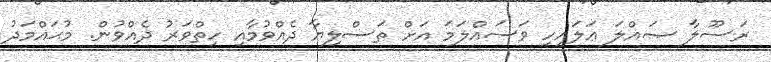
ރަސޫލާ ޞައްލަ ޢަލައިހި ވަސައްލަމަ އަށް ތަސްލިޔާ ދެއްވުމާއި ހިތްވަރު ދެއްވުން. މުޙައްމަދު